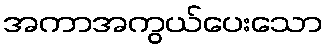
အကာအကွယ်ပေးသော